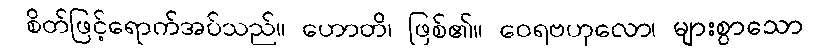
စိတ်ဖြင့်ရောက်အပ်သည်။ ဟောတိ၊ ဖြစ်၏။ ဝေရဗဟုလော၊ များစွာသော